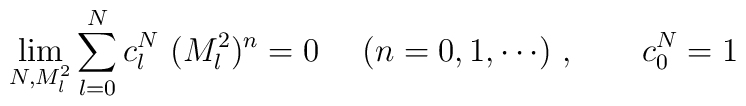
\lim_{N, M_l^2}\sum_{l=0}^{N} c_l^N\ (M_l^2)^n = 0 \  \quad (n= 0, 1, \cdots ) \ ,     \qquad  c_0^N = 1